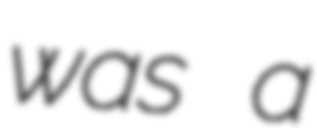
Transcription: was a